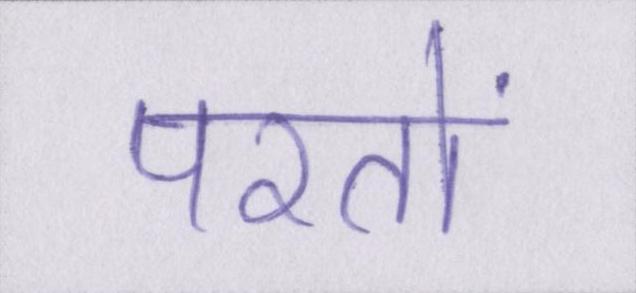
परतों